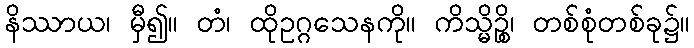
နိဿာယ၊ မှီ၍။ တံ၊ ထိုဥဂ္ဂသေနကို။ ကိသ္မိဉ္စိ၊ တစ်စုံတစ်ခု၌။